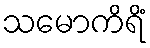
သမောကိရိံ